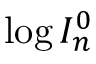
\log { I _ { n } ^ { 0 } }